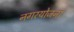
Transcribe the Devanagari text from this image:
नगरयोजना